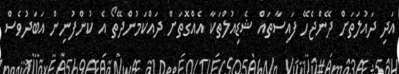
އަދި ދައުލަތަށް ދޭންޖެހޭ ފައިސާތައް ޝެޑިއުލްތަކާ އެއްގޮތަށް ދައްކަމުންދޭތޯ އެ ކުންފުނިން އަބަދުވެސް